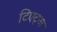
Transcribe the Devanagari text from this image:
टिएट्ज